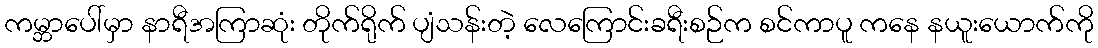
ကမ္ဘာပေါ်မှာ နာရီအကြာဆုံး တိုက်ရိုက် ပျံသန်းတဲ့ လေကြောင်းခရီးစဉ်က စင်ကာပူ ကနေ နယူးယောက်ကို